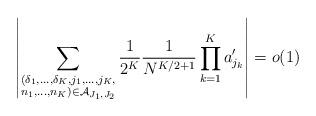
LaTeX: \begin{align*} \left|\sum_{\substack{(\delta_1,\ldots,\delta_K,j_1,\ldots,j_K,\\ n_1,\ldots,n_K)\in\mathcal{A}_{J_1,J_2}}}\frac{1}{2^K}\frac{1}{N^{K/2+1}}\prod_{k=1}^Ka'_{j_k}\right|=o(1)\end{align*}